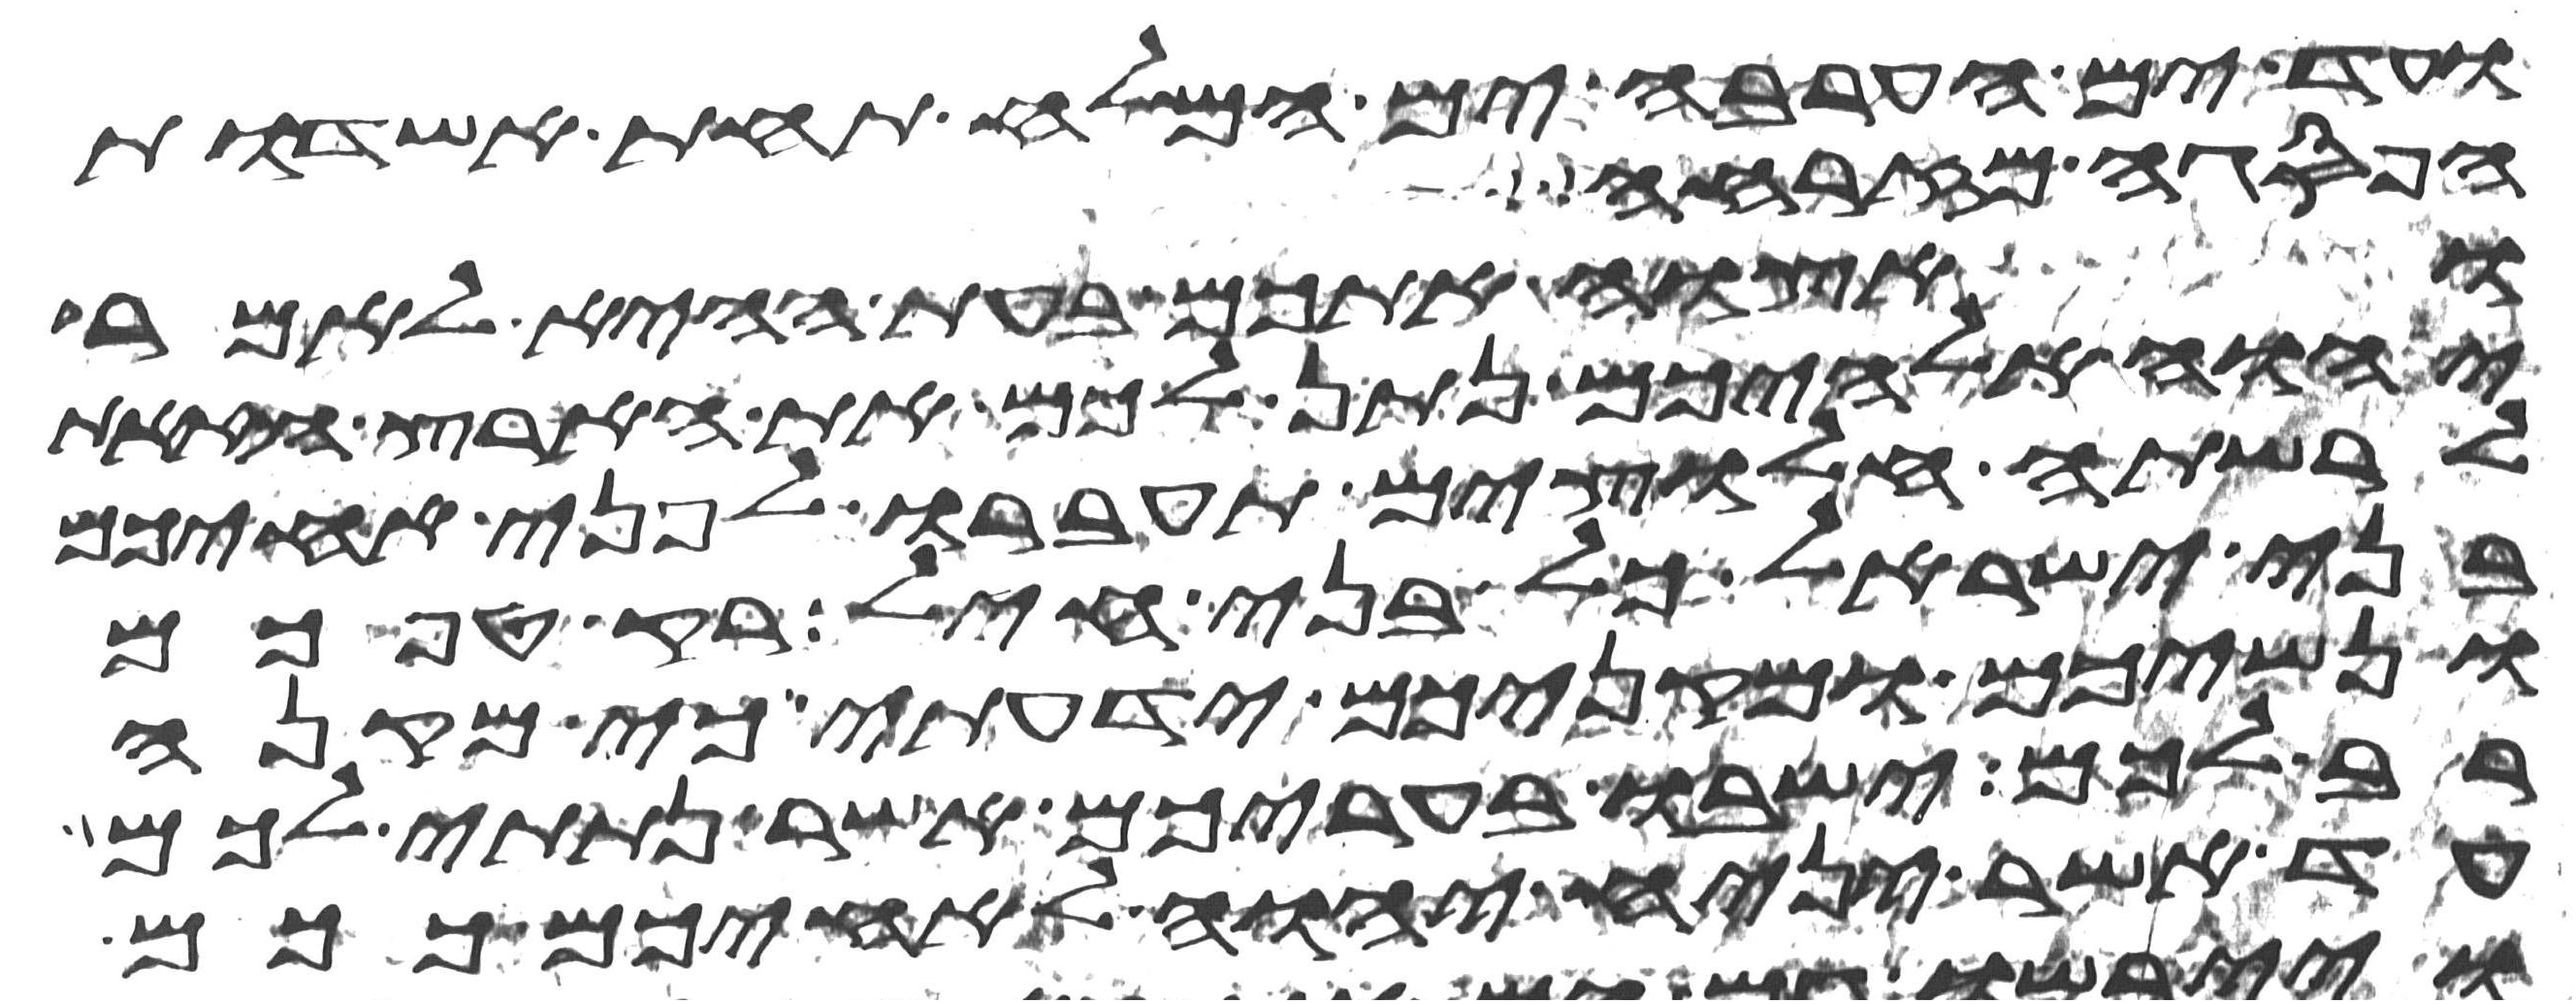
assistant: ועד ים הערבה ים המלח תחת אשדות
הפסגה מזרחה
ואצוה אתכם בעת ההיא לאמר
יהוה אלהיכם נתן לכם את הארץ הזאת
לרשתה חלוצים תעברו לפני אחיכם
בני ישראל כל בני חיל רק טפכם
ונשיכם ומקניכם ידעתי כי מקנה
רב לכם ישבו בעריכם אשר נתתי לכם
עד אשר יניח יהוה לאחיכם ככם